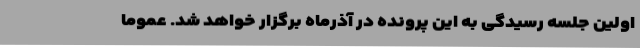
اولین جلسه رسیدگی به این پرونده در آذرماه برگزار خواهد شد. عموما